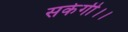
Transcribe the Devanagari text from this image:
सकेगी।।